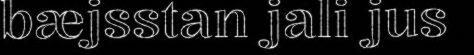
bæjsstan jali jus